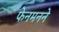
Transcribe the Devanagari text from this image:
फेनमनने